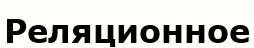
Реляционное